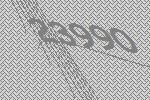
23990